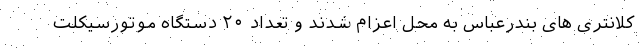
کلانتری های بندرعباس به محل اعزام شدند و تعداد ۲۰ دستگاه موتورسیکلت